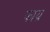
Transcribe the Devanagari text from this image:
काय्र